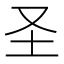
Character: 圣